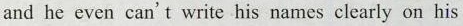
and he even can't write his names clearly on his